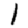
Digit: 1